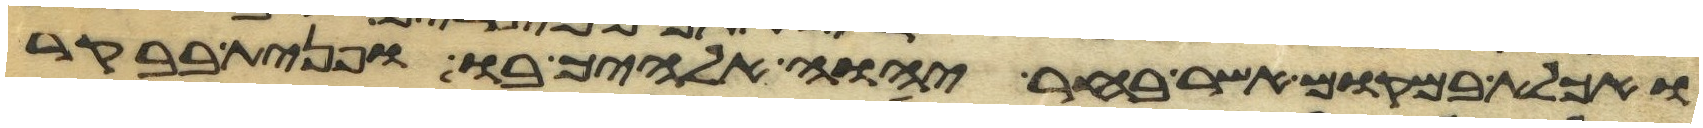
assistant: ואכלת במקום אשר בחר יהוה אלהיך בו ופנית בבקר